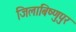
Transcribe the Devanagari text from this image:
जिलाबिष्णुपुर